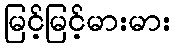
မြင့်မြင့်မားမား